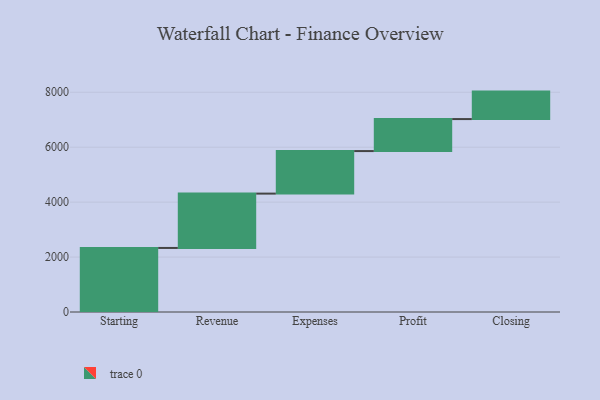
{"axis": {"x": "Step", "y": "Value"}, "legend": [""], "data": [{"x": "Starting", "y": 2332.0, "type": ""}, {"x": "Revenue", "y": 1978.0, "type": ""}, {"x": "Expenses", "y": 1549.0, "type": ""}, {"x": "Profit", "y": 1165.0, "type": ""}, {"x": "Closing", "y": 1000, "type": ""}]}